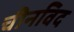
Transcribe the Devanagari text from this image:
चीनविद